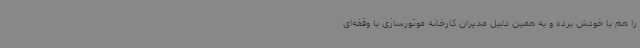
را هم با خودش برده و به همین دلیل مدیران کارخانه موتورسازی با وقفه‌ای